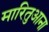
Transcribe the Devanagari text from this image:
मारितुआना